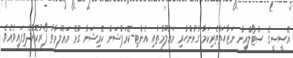
އޭސީސީގެ ސްޓޯލްއިން ނަޒާހަތްތެރިކަމާ ގުޅުންހުރި މަޢުލޫމާތާއި އެންޓި-ކޮރަޕްޝަން ކޮމިޝަނާ ގުޅޭ މަޢުލޫމާތު ފޯރުކޮށްދެވިފައިވެއެވެ.